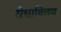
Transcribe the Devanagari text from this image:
मेधावितम